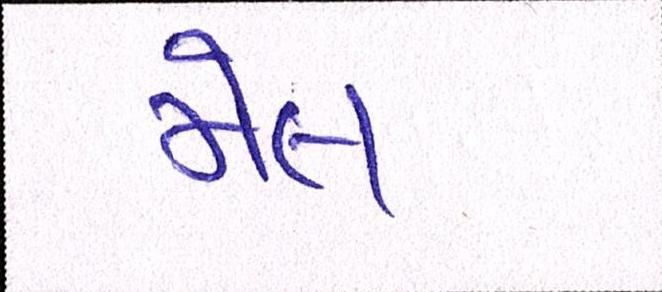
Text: મેલ